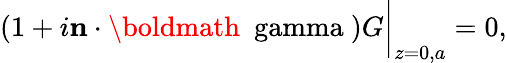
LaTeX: (1+i{\mathbf n}\cdot\mathrm{\boldmath{~\ gamma~}})G\bigg|_{z=0,a}=0,